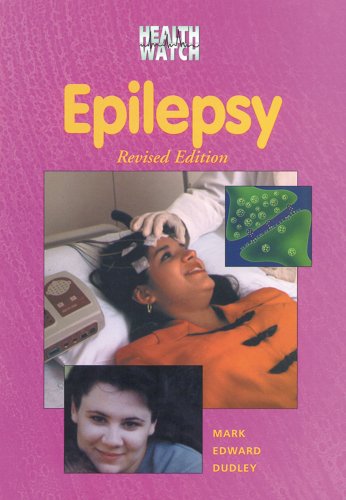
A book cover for Epilepsy (Health Watch (Enslow)); Mark Edward Dudley; Health, Fitness & Dieting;